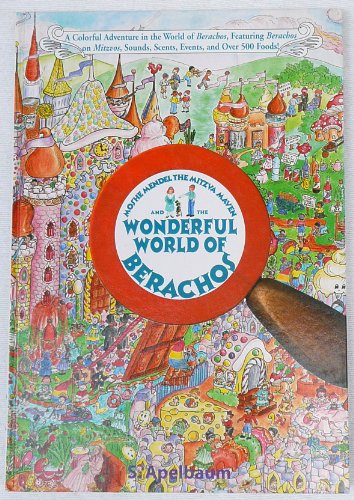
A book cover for Moshe Mendel the Mitzva Maven and the Wonderful World of Berachos; Shiffy Apelbaum; Children's Books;